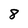
Character: 8